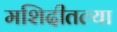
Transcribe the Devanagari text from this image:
मशिदीतल्या